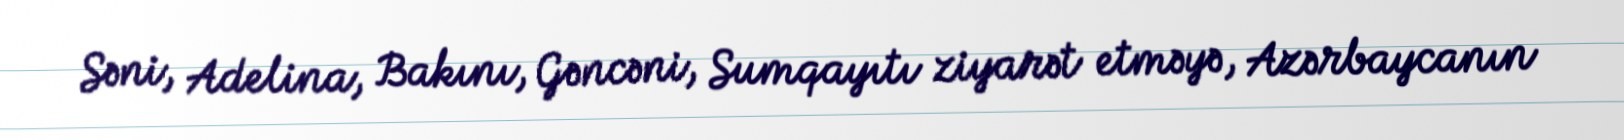
Səni, Adelina, Bakını, Gəncəni, Sumqayıtı ziyarət etməyə, Azərbaycanın